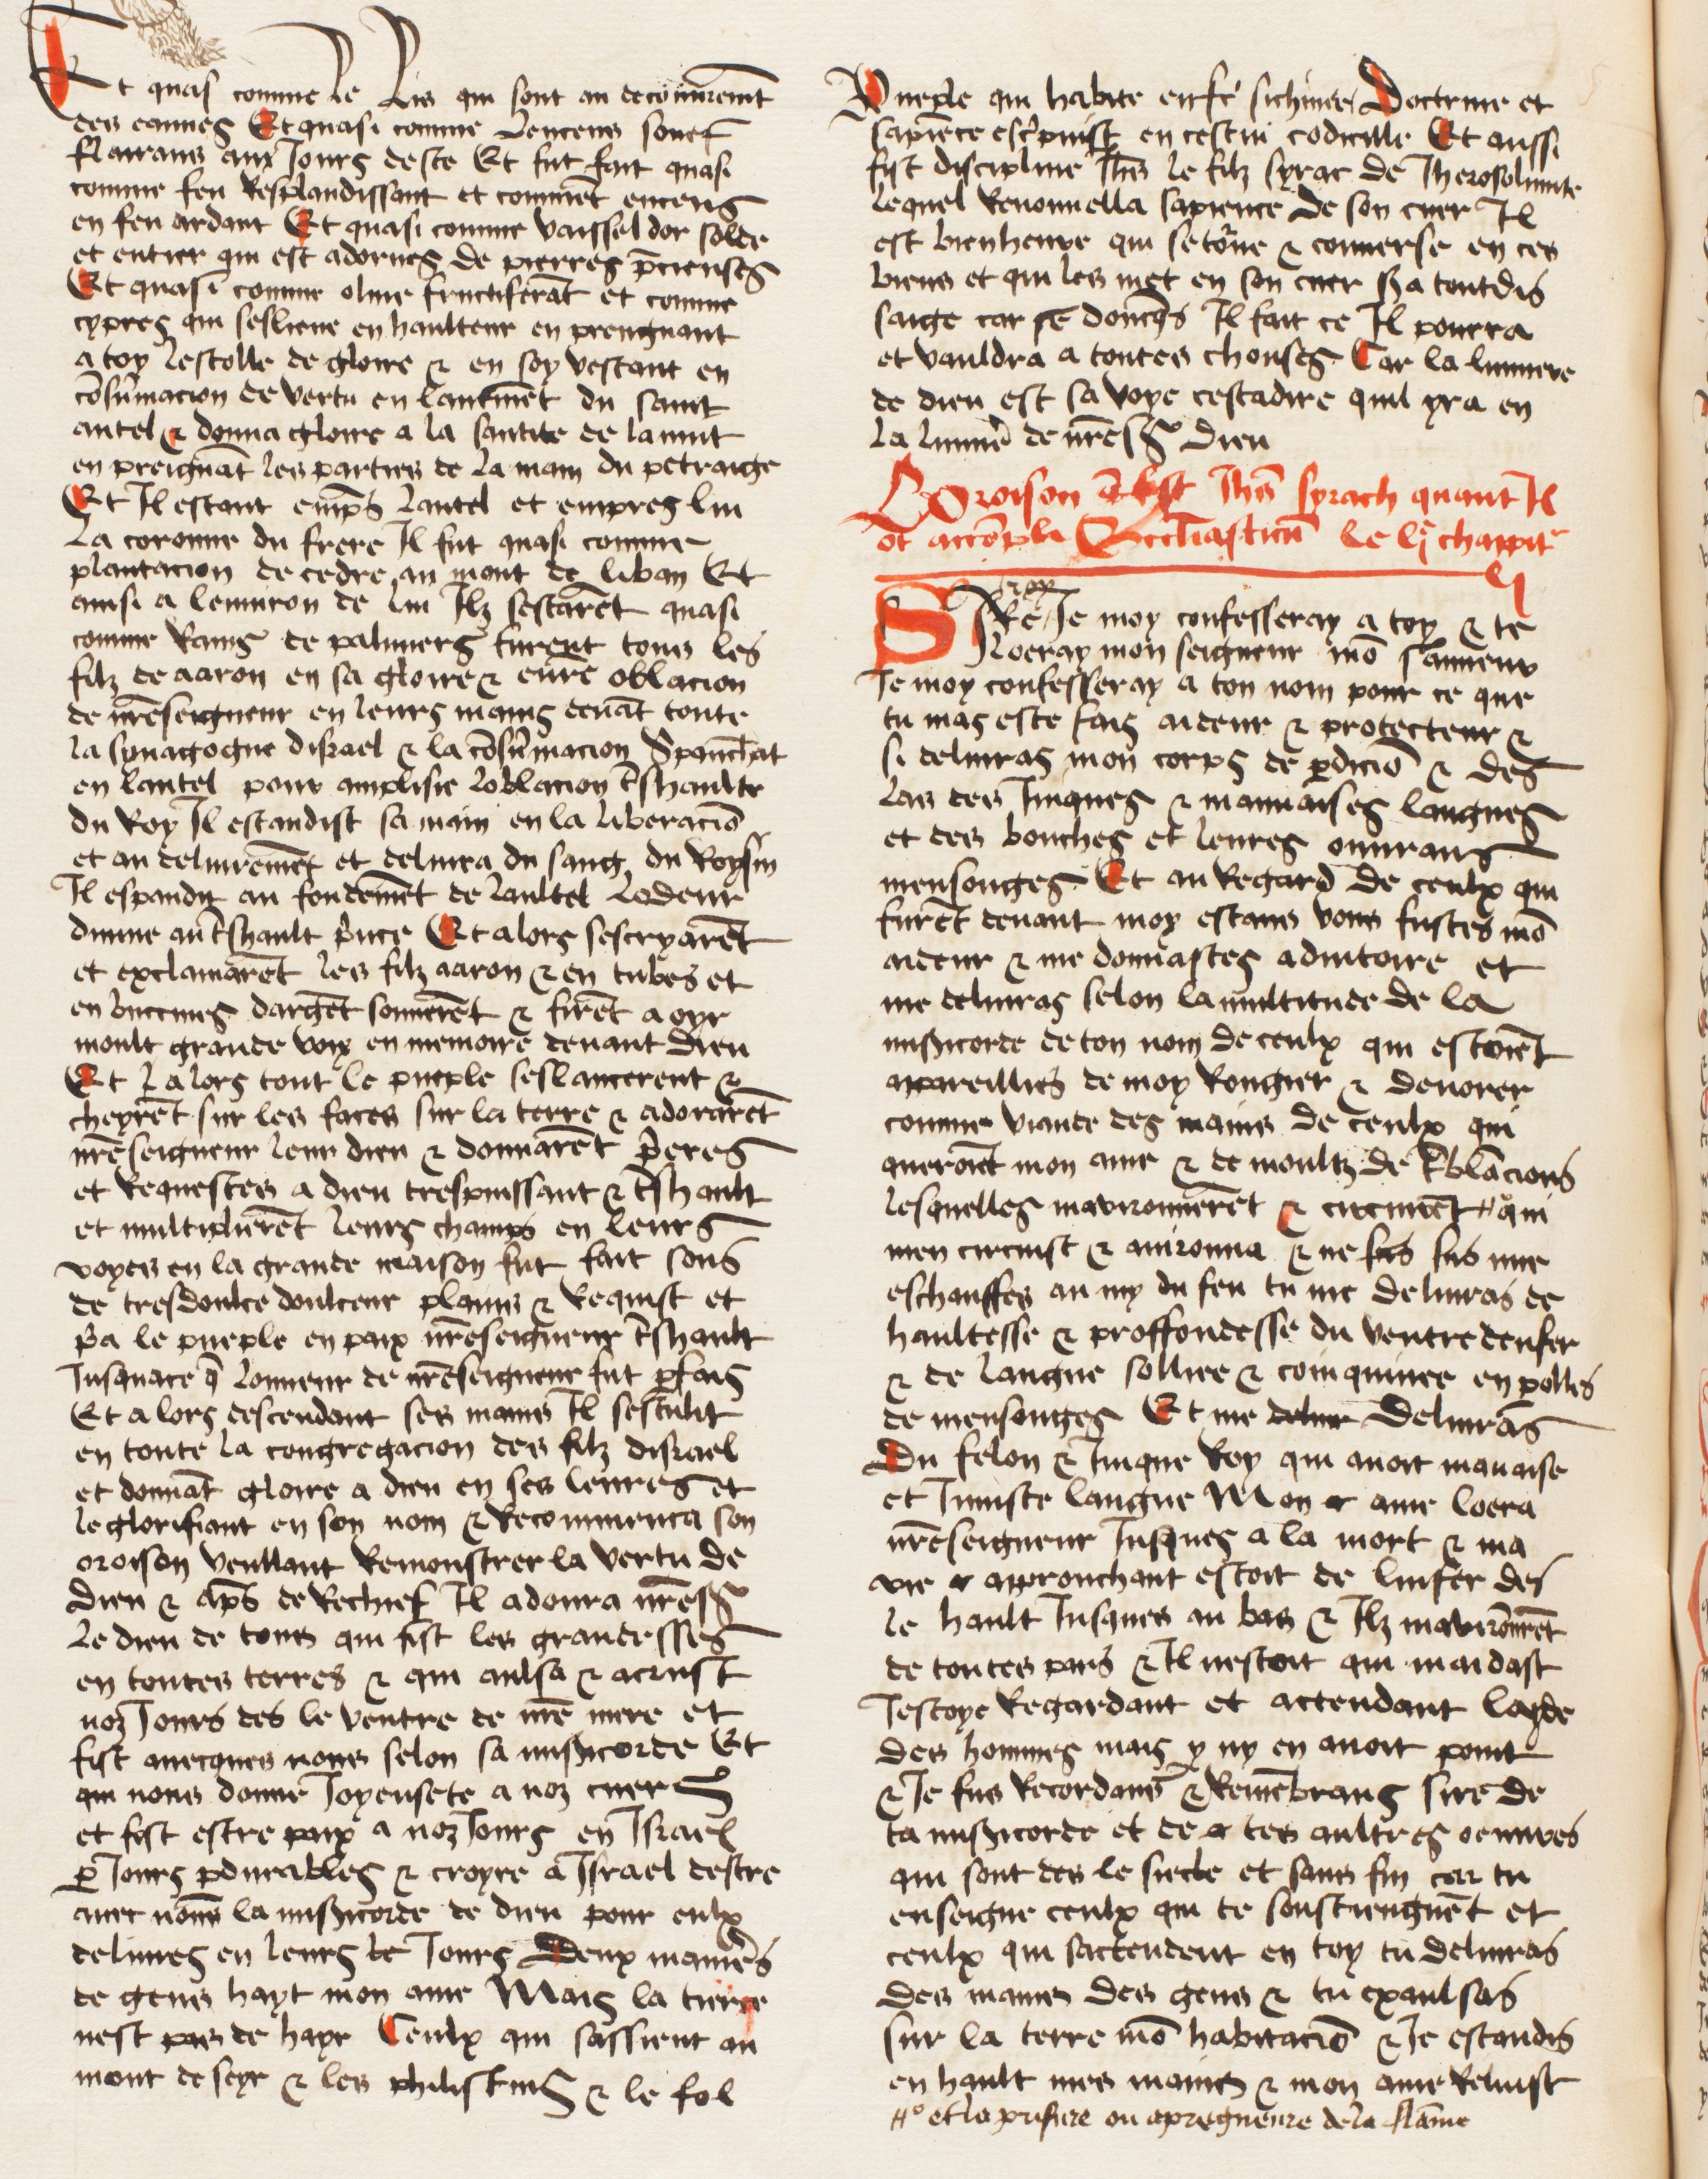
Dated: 1474–1474